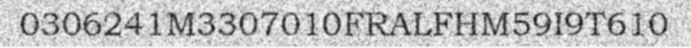
0306241M3307010FRALFHM59I9T610